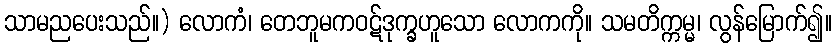
သာမညပေးသည်။) လောကံ၊ တေဘူမကဝဋ်ဒုက္ခဟူသော လောကကို။ သမတိက္ကမ္မ၊ လွန်မြောက်၍။